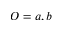
O = a , b